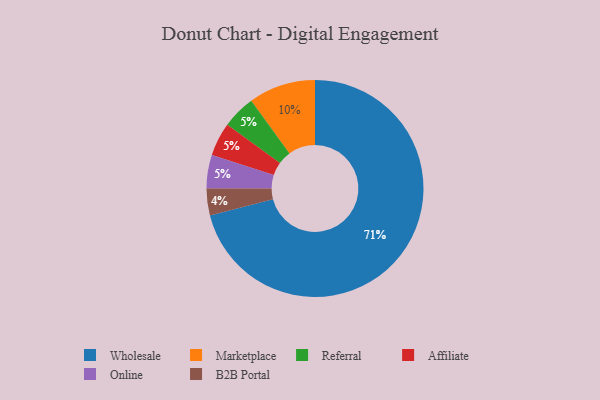
{"axis": {"x": "Category", "y": "Percentage"}, "legend": ["Affiliate", "B2B Portal", "Marketplace", "Online", "Referral", "Wholesale"], "data": [{"x": "Referral", "y": 5, "type": "Referral"}, {"x": "Affiliate", "y": 5, "type": "Affiliate"}, {"x": "Wholesale", "y": 71, "type": "Wholesale"}, {"x": "B2B Portal", "y": 4, "type": "B2B Portal"}, {"x": "Online", "y": 5, "type": "Online"}, {"x": "Marketplace", "y": 10, "type": "Marketplace"}]}